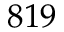
8 1 9